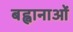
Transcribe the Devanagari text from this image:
बह्वानाओं